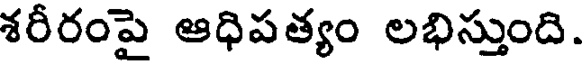
శరీరంపై ఆధిపత్యం లభిస్తుంది.